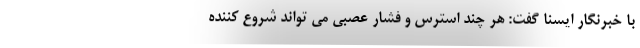
با خبرنگار ایسنا گفت: هر چند استرس و فشار عصبی می تواند شروع کننده